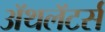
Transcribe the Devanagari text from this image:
ॲथलॅटर्स